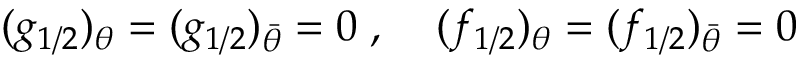
( g _ { 1 / 2 } ) _ { \theta } = ( g _ { 1 / 2 } ) _ { \bar { \theta } } = 0 \; , \; \; \; \; ( f _ { 1 / 2 } ) _ { \theta } = ( f _ { 1 / 2 } ) _ { \bar { \theta } } = 0